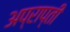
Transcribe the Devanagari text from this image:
अप्राप्ती